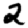
Digit: 2